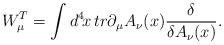
LaTeX: \begin{align*}W_\mu^T = \int d^4\!x\, tr \partial_\mu A_\nu(x){\delta\over \delta A_\nu(x)}. \end{align*}